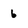
Character: 6